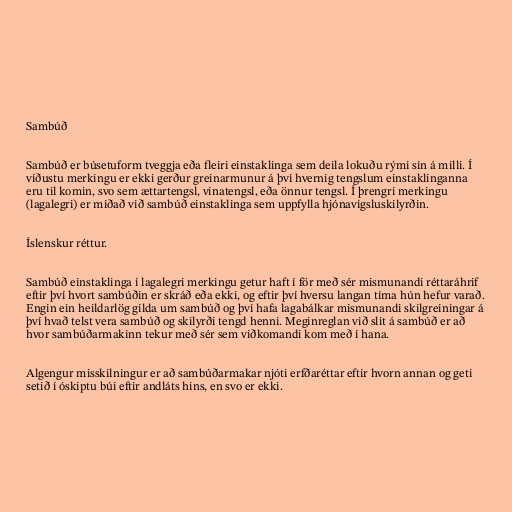
Sambúð

Sambúð er búsetuform tveggja eða fleiri einstaklinga sem deila lokuðu rými sín á milli. Í
víðustu merkingu er ekki gerður greinarmunur á því hvernig tengslum einstaklinganna
eru til komin, svo sem ættartengsl, vinatengsl, eða önnur tengsl. Í þrengri merkingu
(lagalegri) er miðað við sambúð einstaklinga sem uppfylla hjónavígsluskilyrðin.

Íslenskur réttur.

Sambúð einstaklinga í lagalegri merkingu getur haft í för með sér mismunandi réttaráhrif
eftir því hvort sambúðin er skráð eða ekki, og eftir því hversu langan tíma hún hefur varað.
Engin ein heildarlög gilda um sambúð og því hafa lagabálkar mismunandi skilgreiningar á
því hvað telst vera sambúð og skilyrði tengd henni. Meginreglan við slit á sambúð er að
hvor sambúðarmakinn tekur með sér sem viðkomandi kom með í hana.

Algengur misskilningur er að sambúðarmakar njóti erfðaréttar eftir hvorn annan og geti
setið í óskiptu búi eftir andláts hins, en svo er ekki.